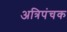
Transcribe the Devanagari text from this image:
अत्रिपंचक